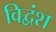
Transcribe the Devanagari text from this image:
विद्वंश